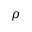
\rho